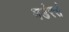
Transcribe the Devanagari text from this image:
मर्डरर्स